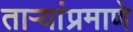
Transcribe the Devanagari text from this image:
ताऱ्यांप्रमाणे